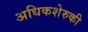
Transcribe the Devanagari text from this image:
अधिकशेरुकी